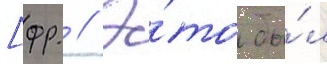
[фр. // Э́то бы́л